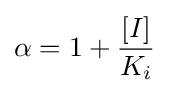
\alpha =1+{\frac {[I]}{K_{i}}}